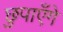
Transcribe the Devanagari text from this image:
छुपाएँगे